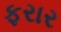
ફરાર